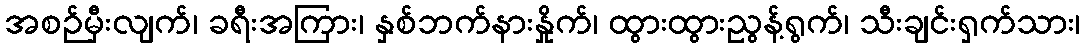
အစဉ်မှီးလျက်၊ ခရီးအကြား၊ နှစ်ဘက်နားနှိုက်၊ ထွားထွားညွန့်ရွက်၊ သီးချင်းရှက်သား၊